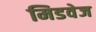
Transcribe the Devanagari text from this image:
मिडवेज